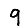
Digit: 9